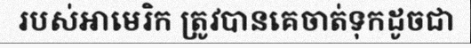
របស់អាមេរិក ត្រូវបានគេចាត់ទុកដូចជា